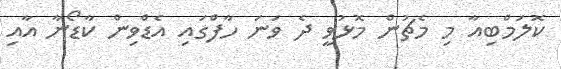
ކޮލަމްބިއާ މި މެޗުން މޮޅުވީ ދެ ވަނަ ހާފްގައި އެޑްވިން ކާޑޯނާ އާއި